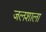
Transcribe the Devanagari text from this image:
जलशाला